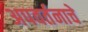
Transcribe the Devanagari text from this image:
अपवर्तनाचे